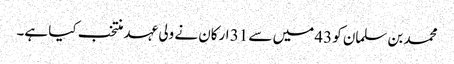
محمد بن سلمان کو 43 میں سے 31 ارکان نے ولی عہد منتخب کیا ہے۔